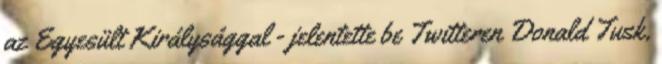
az Egyesült Királysággal - jelentette be Twitteren Donald Tusk,